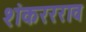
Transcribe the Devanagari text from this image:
शंकररराव